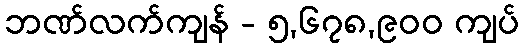
ဘဏ်လက်ကျန် - ၅,၆၇၈,၉၀၀ ကျပ်